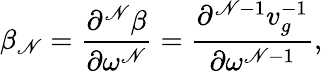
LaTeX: \beta_{\mathscr{N}}=\frac{{\partial^{\mathscr{N}}\beta}}{{\partial\omega^{\mathscr{N}}}}=\frac{{\partial^{\mathscr{N}-1}v_{g}^{-1}}}{{\partial\omega^{\mathscr{N}-1}}},